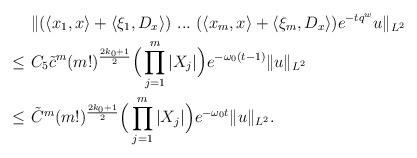
\begin{align*}& \ \|(\langle x_1, x \rangle+\langle \xi_1,D_x \rangle)\ ...\ (\langle x_m, x \rangle+\langle \xi_m,D_x \rangle)e^{-tq^w}u\|_{L^2}\\\leq & \ C_5\tilde{c}^m(m!)^{\frac{2k_{0}+1}{2}}\Big(\prod_{j=1}^{m}|X_j|\Big)e^{-\omega_0 (t-1)}\|u\|_{L^2} \\\leq & \ \tilde{C}^m(m!)^{\frac{2k_{0}+1}{2}}\Big(\prod_{j=1}^{m}|X_j|\Big)e^{-\omega_0 t}\|u\|_{L^2}.\end{align*}